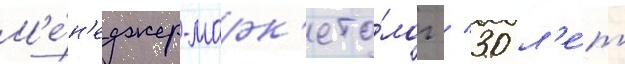
М'е́н'еджер-марк'ето́лог / 30 л'е́т